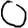
Digit: 0